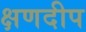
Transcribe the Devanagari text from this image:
क्षणदीप